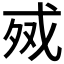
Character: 𰒧